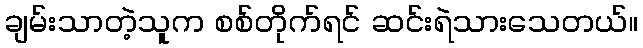
ချမ်းသာတဲ့သူက စစ်တိုက်ရင် ဆင်းရဲသားသေတယ်။